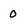
Character: o